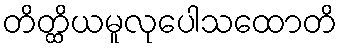
တိတ္ထိယမူလုပေါသထောတိ